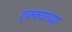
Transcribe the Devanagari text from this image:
ट्क्क्याच्या